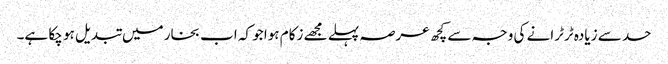
حد سے زیادہ ٹرٹرانے کی وجہ سے کچھ عرصہ پہلے مجھے زکام ہوا جو کہ اب بخار میں تبدیل ہو چکا ہے۔